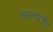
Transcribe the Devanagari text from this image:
खतनारहित